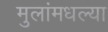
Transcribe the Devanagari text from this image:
मुलांमधल्या